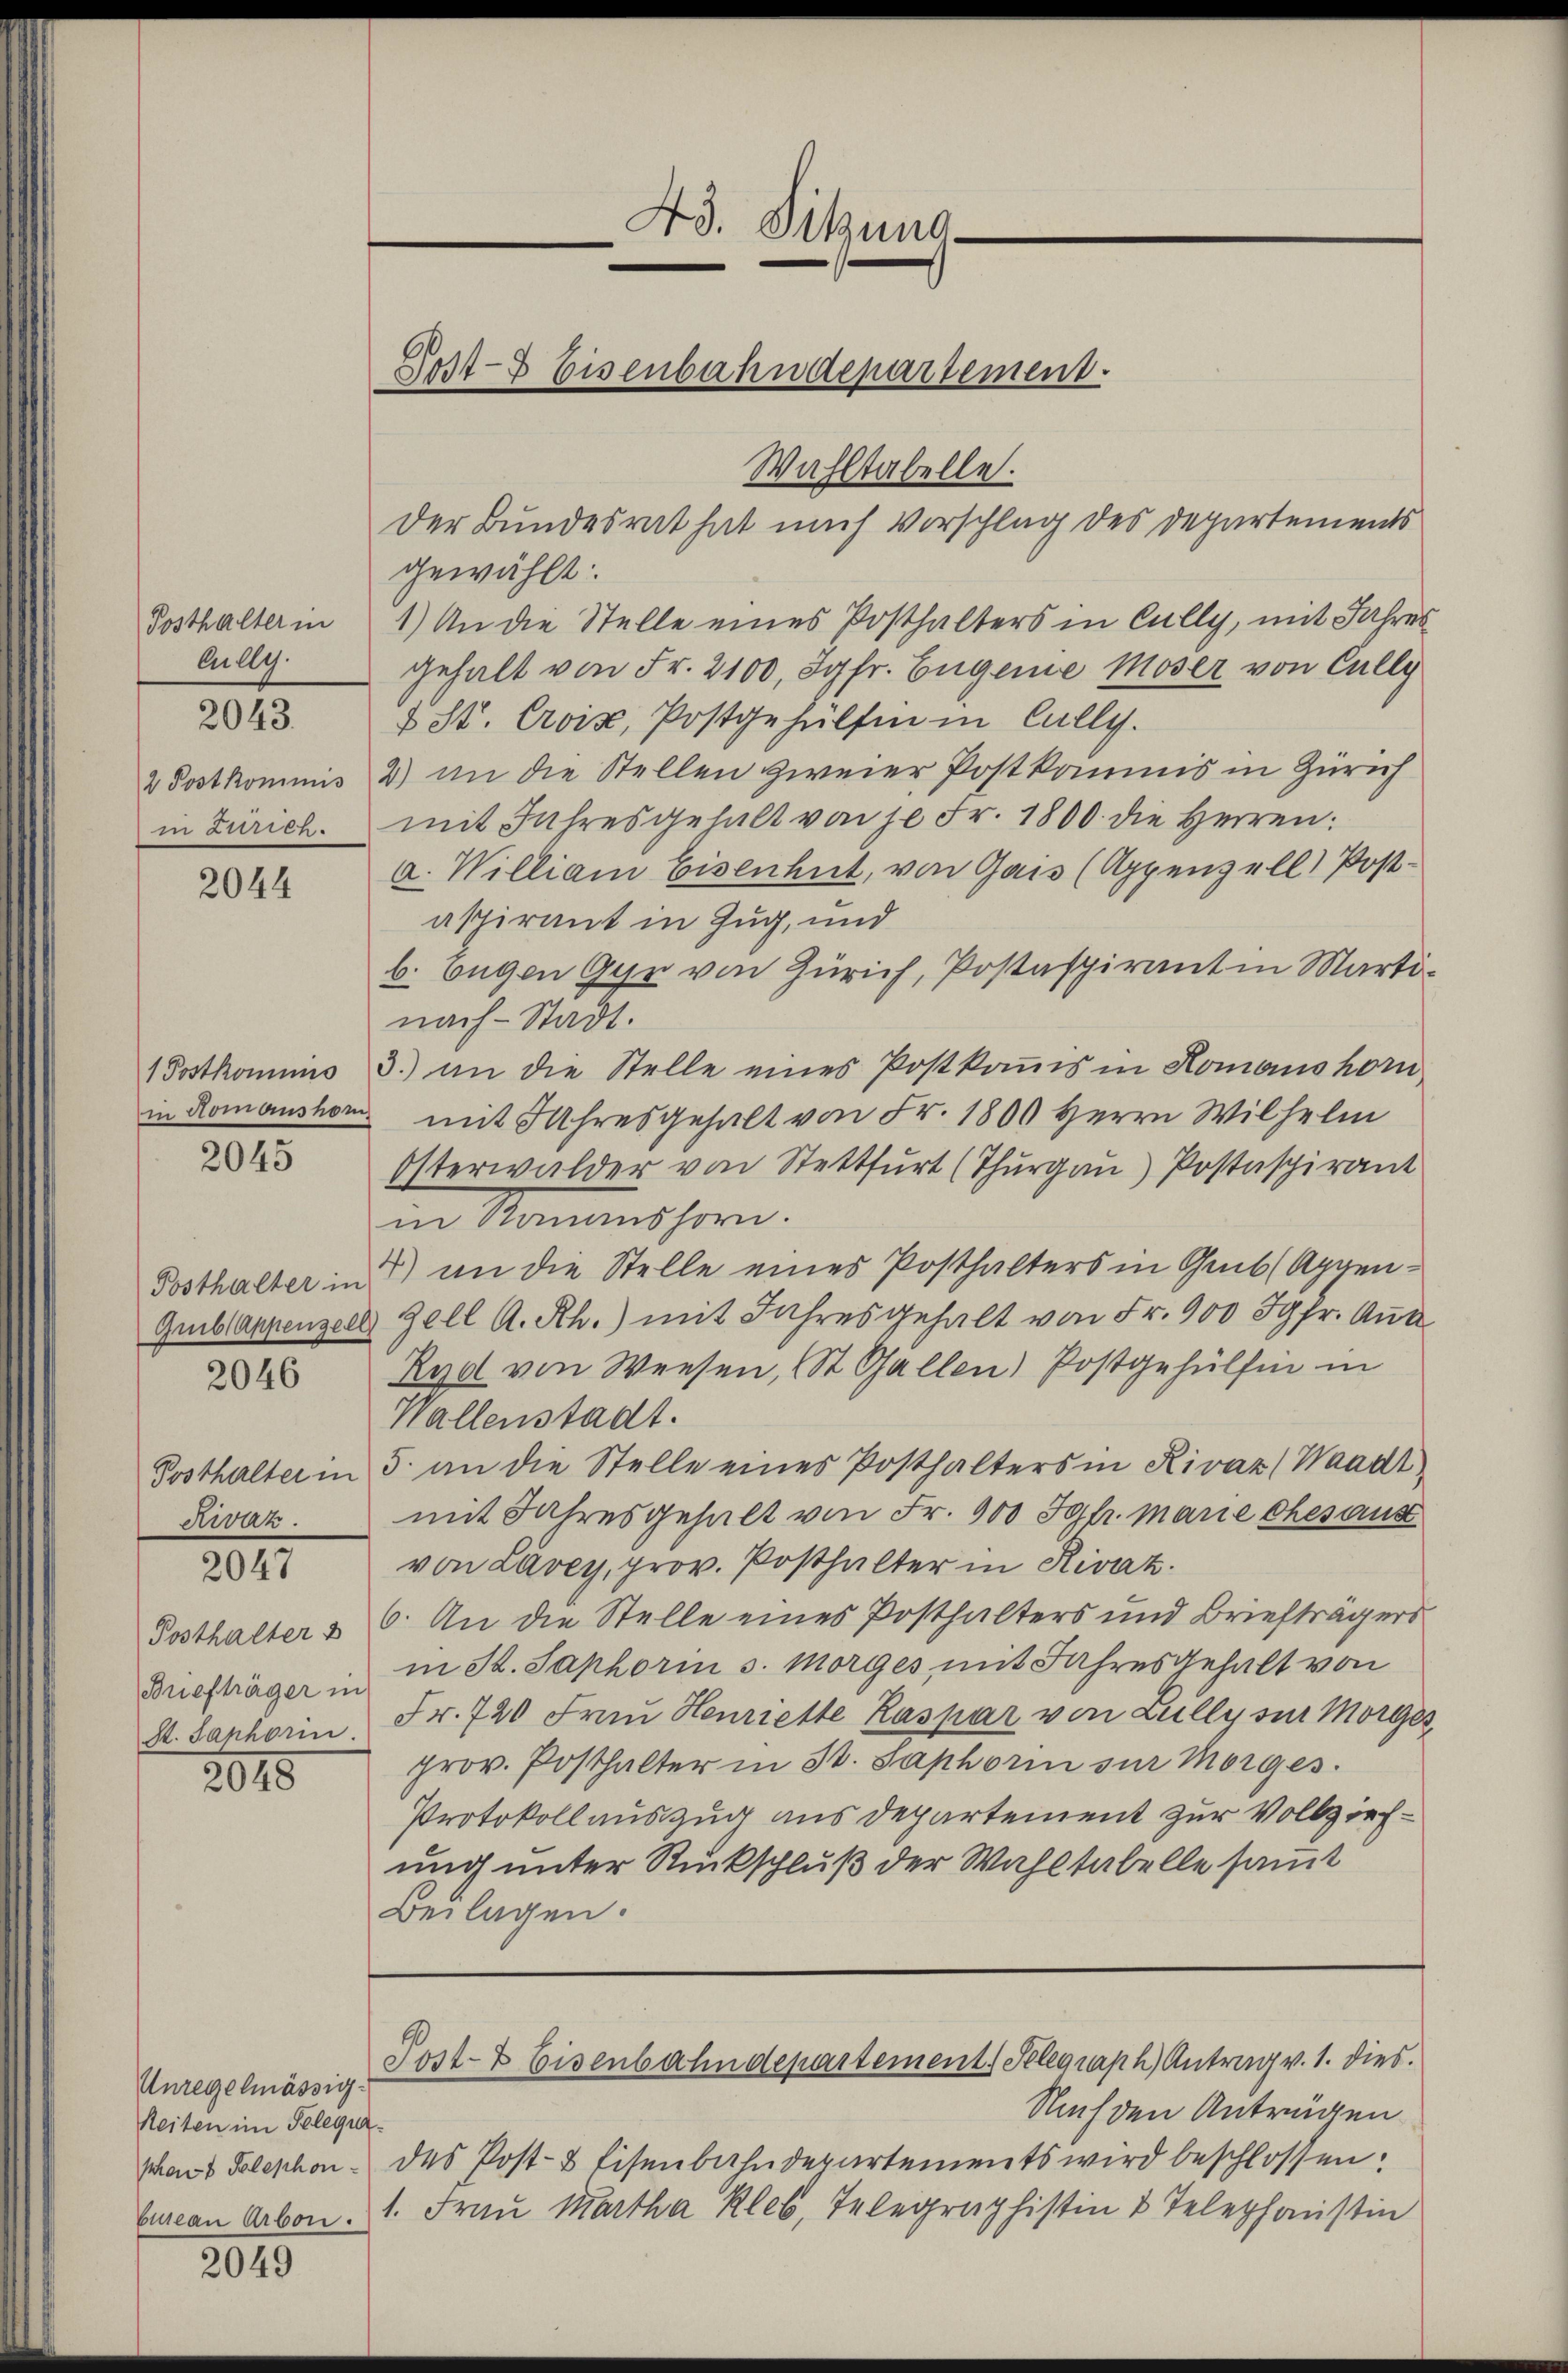
Posthalter in
Cully.

2043.

2 Postkommis
in Zürich.

2044

in Romanshor

2045

Posthalter in
Gmibl Appenzell

2046

Posthalter in
Rwaz.

2047

Posthalter
Briefträger in
S. Saphorin.

2048

Unregelmässig-
Zeiten im Pelequaphons Telephon-
Enseau Arbon.

2049

43. Sitzung

Wahltabelle.

Lost-7 Eisenbahndepartement.

der Bundesrat hat nach Vorschlag des Departements
gewählt.
1.) An die Stelle eines Posthalters in Cully, mit Jahres
gehalt von Fr. 2100, Jgfr. Eugene Moser von Cully
d St. Croix, Postgehülfen in Cully.
2) an die Stellen zweier Postkommis in Zürich
mit Jahresgehalt von je Fr. 1800. die Herren:
a. William Eisenhut, von Gais (Appenzell Post-
aspirant in Zug, und
b. begen Gyr von Zürich, Postaspirantin Martinach Stadt.
1 Postkommnis 3.) an die Stelle eines Postkoṁis in Komanshorn
mit Jahresgehalt von Fr. 1800 Herrn Wilhelm
Osterwalder von Stettfŭrt (Thŭrgaŭ) Postaspirant
in Romanshorn.
4) an die Stelle eines Posthalters in Gub (Appenzell A. Rh.) mit Jahresgehalt von Fr. 900 Jgfr. Aug
Rad von Weesen, St. Gallen) Postgehülfen in
Wallenstadt.
5. an die Stelle eines Posthalters in Rivaz (Waadt
mit Jahresgehalt von Fr. 900 Jgfr. Marie ehesaus
von Lavey, prov. Posthalter in Rivaz.
6. An die Stelle eines Posthalters und Briefträgers
in Bd. Saphorin s. Morges mit Jahresgehalt von
Fr. 720 Frau Henriette Kaspar von Lully zur Morges,
prov. Posthalter in St. Saphorin sur Morges.
Protokollauszug aus Departement zur Vollziehung unter Rückschluß der Wahltabelle samt
Beilagen.

Post- & Eisenbahndepartement. Selegraph Antrag v. 1. dies

Nach den Anträgen
des Post- & Eisenbahndepartements wird beschlossen:
1. Frau Martha Kleb, Telegraphistin & Telephonstin